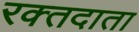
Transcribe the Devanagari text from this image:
रक्‍तदाता